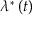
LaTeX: \lambda ^ { \ast } \left( t \right)